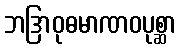
ဘဒြာဝုဓမာဏဝပုစ္ဆာ